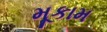
મૂકામ